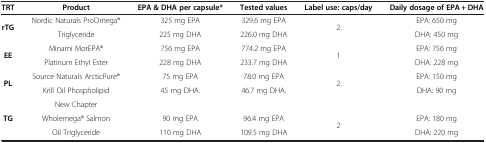
<table><thead><tr><td><b>TRT</b></td><td><b>Product</b></td><td><b>EPA &amp; DHA per capsule*</b></td><td><b>Tested values</b></td><td><b>Label use: caps/day</b></td><td><b>Daily dosage of EPA + DHA</b></td></tr></thead><tbody><tr><td rowspan="2"><b>rTG</b></td><td>Nordic Naturals ProOmega<sup>®</sup></td><td>325 mg EPA</td><td>329.6 mg EPA</td><td rowspan="2">2</td><td>EPA: 650 mg</td></tr><tr><td>Triglyceride</td><td>225 mg DHA</td><td>226.0 mg DHA</td><td>DHA: 450 mg</td></tr><tr><td rowspan="2"><b>EE</b></td><td>Minami MorEPA<sup>®</sup></td><td>756 mg EPA</td><td>774.2 mg EPA</td><td rowspan="2">1</td><td>EPA: 756 mg</td></tr><tr><td>Platinum Ethyl Ester</td><td>228 mg DHA</td><td>233.7 mg DHA</td><td>DHA: 228 mg</td></tr><tr><td rowspan="2"><b>PL</b></td><td>Source Naturals ArcticPure<sup>®</sup></td><td>75 mg EPA</td><td>78.0 mg EPA</td><td rowspan="2">2</td><td>EPA: 150 mg</td></tr><tr><td>Krill Oil Phospholipid</td><td>45 mg DHA.</td><td>46.7 mg DHA.</td><td>DHA: 90 mg</td></tr><tr><td rowspan="3"><b>TG</b></td><td>New Chapter</td><td> </td><td> </td><td> </td><td> </td></tr><tr><td>Wholemega<sup>®</sup> Salmon</td><td>90 mg EPA</td><td>96.4 mg EPA</td><td rowspan="2">2</td><td>EPA: 180 mg</td></tr><tr><td>Oil Triglyceride</td><td>110 mg DHA</td><td>109.5 mg DHA</td><td>DHA: 220 mg</td></tr></tbody></table>